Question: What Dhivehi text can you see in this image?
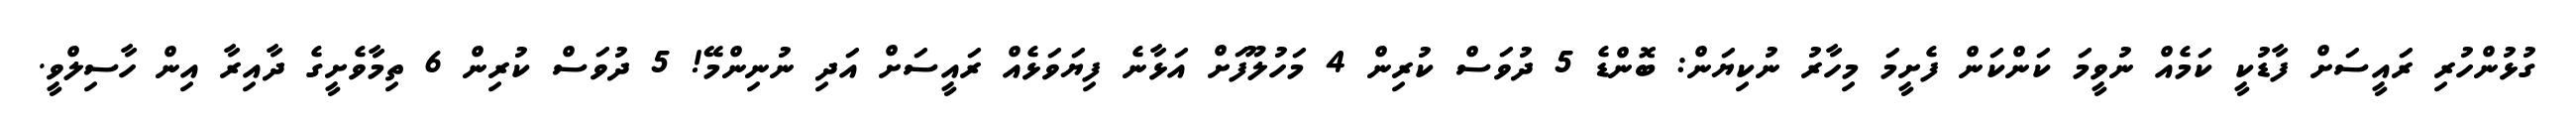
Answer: ގުޅުންހުރި ރައީސަށް ފާޑުކީ ކަމެއް ނުވީމަ ކަންކަން ފެށީމަ މިހާރު ނުކިޔަން: ބޮންޑެ 5 ދުވަސް ކުރިން 4 މަހުލޫފަށް އަޅާނެ ފިޔަވަޅެއް ރައީސަށް އަދި ނުނިންމޭ! 5 ދުވަސް ކުރިން 6 ތިމާވެށީގެ ދާއިރާ އިން ހާސިލްވީ.